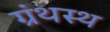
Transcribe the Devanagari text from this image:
ग्रंथस्थ